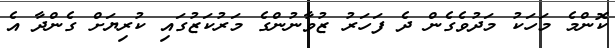
ކޮންމެ މަހަކު މަދުވެގެން ދެ ފަހަރު ޒުވާނުންގެ މަރުކަޒުގައި ކުރިޔަށް ގެންދާ އެ